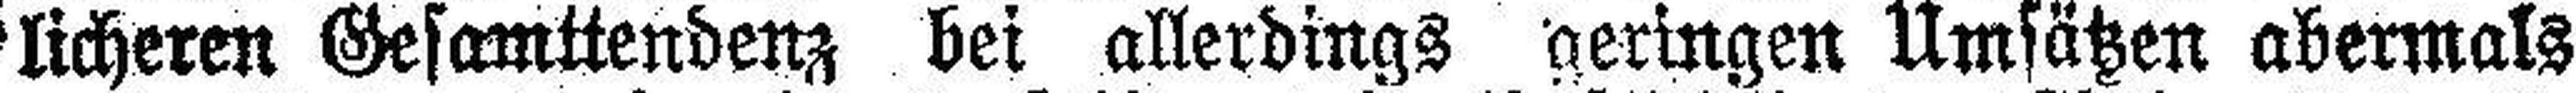
licheren Gesamttendenz bei allerdings geringen Umsätzen abermals